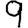
Digit: 9